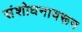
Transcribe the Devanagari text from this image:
संशोधनावरून